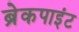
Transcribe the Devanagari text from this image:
ब्रेकपाइंट